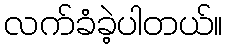
လက်ခံခဲ့ပါတယ်။